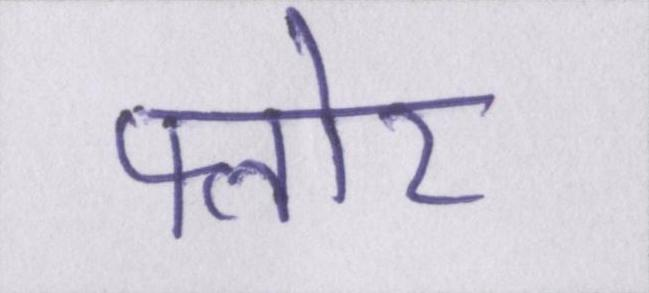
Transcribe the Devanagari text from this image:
फ्लोर